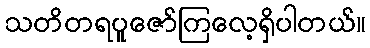
သတိတရပူဇော်ကြလေ့ရှိပါတယ်။